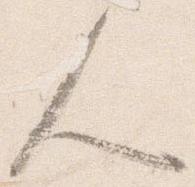
人